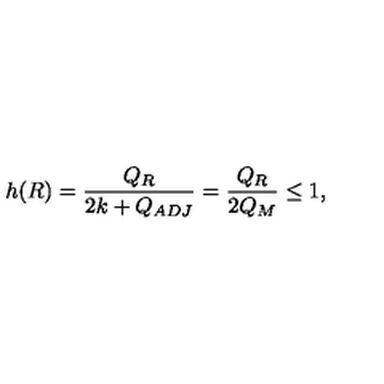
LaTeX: h ( R ) = \frac { Q _ { R } } { 2 k + Q _ { A D J } } = \frac { Q _ { R } } { 2 Q _ { M } } \leq 1 ,